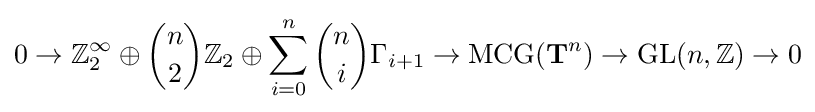
0\to \mathbb {Z} _{2}^{\infty }\oplus {\binom {n}{2}}\mathbb {Z} _{2}\oplus \sum _{i=0}^{n}{\binom {n}{i}}\Gamma _{i+1}\to \operatorname {MCG} (\mathbf {T} ^{n})\to \operatorname {GL} (n,\mathbb {Z} )\to 0